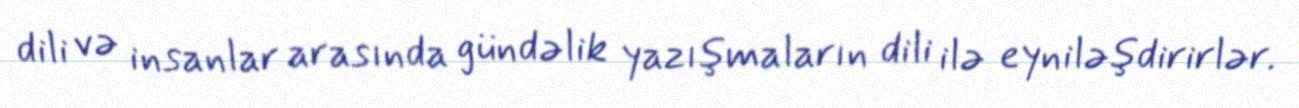
dili və insanlar arasında gündəlik yazışmaların dili ilə eyniləşdirirlər.